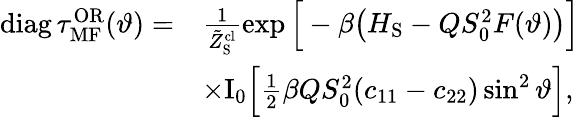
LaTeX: \begin{array}{rl}{\mathrm{diag}\, \tau_{\mathrm{MF}}^{\mathrm{OR}}(\vartheta)=}&{\frac{1}{\tilde{Z}_{\mathrm{S}}^{\mathrm{cl}}}\exp\Big[-\beta\big(H_{\mathrm{S}}-QS_{0}^{2}F(\vartheta)\big)\Big]}\\ &{\times\mathrm{I}_{0}\Big[\frac{1}{2}\beta QS_{0}^{2}(c_{11}-c_{22})\sin^{2}\vartheta\Big],}\end{array}